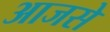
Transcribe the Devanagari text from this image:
आजसे